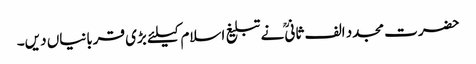
حضرت مجدد الف ثانیؒ نے تبلیغ اسلام کیلئے بڑی قربانیاں دیں۔